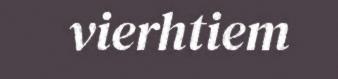
vierhtiem